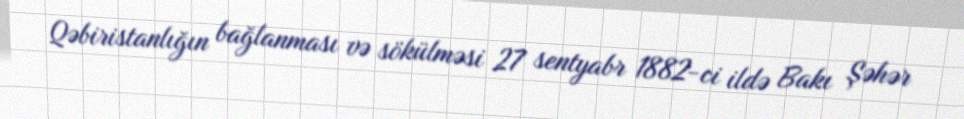
Qəbiristanlığın bağlanması və sökülməsi 27 sentyabr 1882-ci ildə Bakı Şəhər